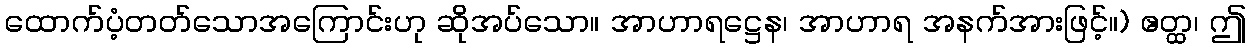
ထောက်ပံ့တတ်သောအကြောင်းဟု ဆိုအပ်သော။ အာဟာရဋ္ဌေန၊ အာဟာရ အနက်အားဖြင့်။) ဧတ္ထ၊ ဤ